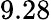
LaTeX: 9.28